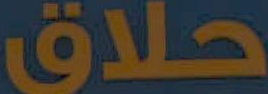
حلاق